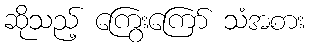
ဆိုသည့် ကြွေးကြော် သံအစား